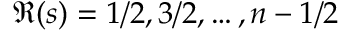
\Re ( s ) = 1 / 2 , 3 / 2 , \dots , n - 1 / 2